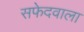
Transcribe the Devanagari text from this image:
सफेदवाला